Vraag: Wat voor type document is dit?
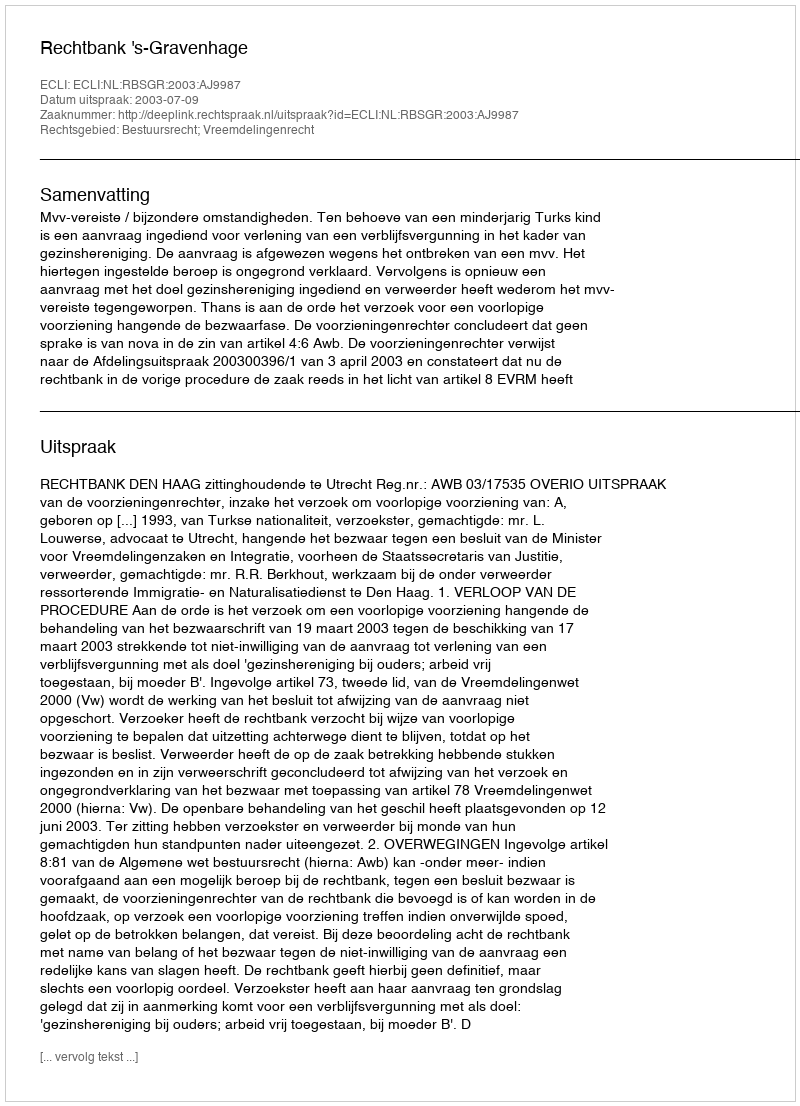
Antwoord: Uitspraak